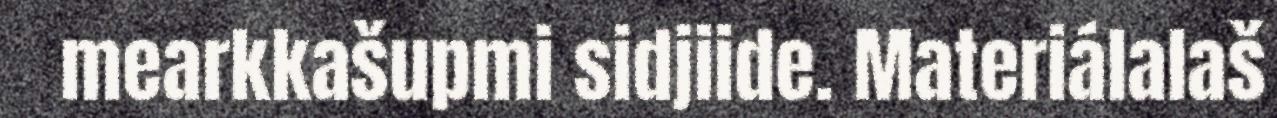
mearkkašupmi sidjiide. Materiálalaš